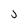
Character: j